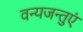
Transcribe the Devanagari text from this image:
वन्यजन्तुएं